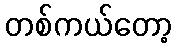
တစ်ကယ်တော့